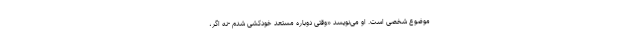
موضوع شخصی است. او می‌نویسد «وقتی دوباره مستعد خودکشی شدم -نه اگر،